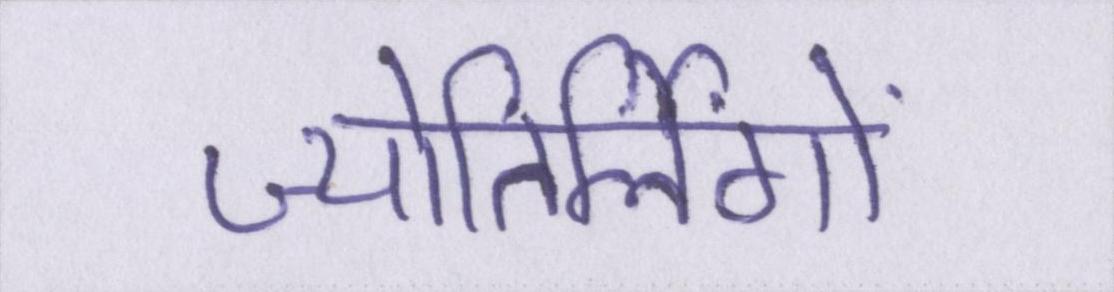
ज्योतिर्लिंगों